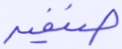
صنفية